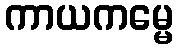
ကာယကမ္မေ